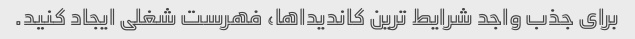
برای جذب واجد شرایط ترین کاندیداها، فهرست شغلی ایجاد کنید.